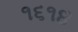
૧૬૧૪